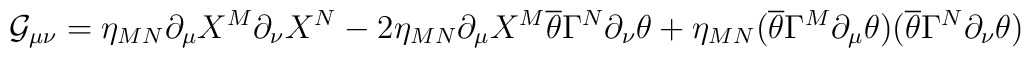
\mathcal{G}_{\mu\nu}=\eta_{MN}\partial_{\mu}X^M\partial_{\nu}X^N-2\eta_{MN}\partial_{\mu}X^M\overline{\theta}\Gamma^N\partial_{\nu}\theta+\eta_{MN}(\overline{\theta}\Gamma^M\partial_{\mu}\theta)(\overline{\theta}\Gamma^N\partial_{\nu}\theta)